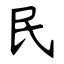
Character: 民